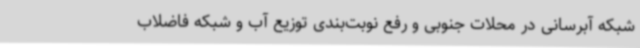
شبکه آبرسانی در محلات جنوبی و رفع نوبت‌بندی توزیع آب و شبکه فاضلاب